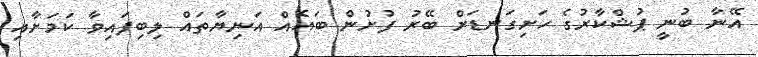
އޭނާ ބުނީ ޕުޝްކާރުގެ ހަށިގަނޑަށް ބޭރު ފުށުން ބައެއް އަނިޔާތައް ލިބިފައިވާ ކަމަށާއި